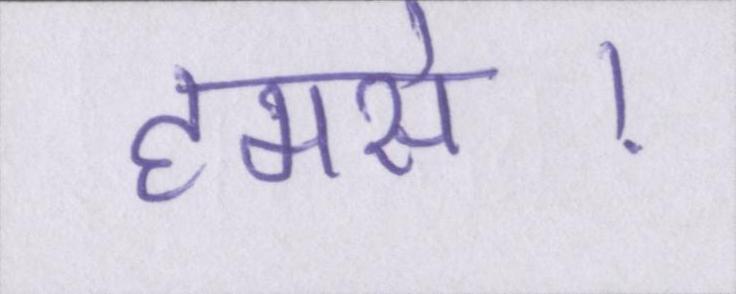
हमसे।